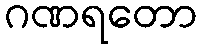
ဂဏရတော